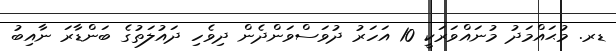
ޑރ. މުޙައްމަދު މުނައްވަރަކީ 10 އަހަރު ދުވަސްވަންދެން ދިވެހި ދައުލަތުގެ ބަންޑާރަ ނާއިބު